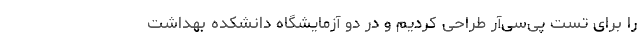
را برای تست پی‌سی‌آر طراحی کردیم و در دو آزمایشگاه دانشکده بهداشت